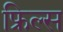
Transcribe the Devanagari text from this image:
फ्रिल्स